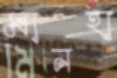
মানহা